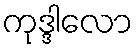
ကုဒ္ဒါလော